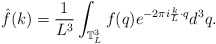
\begin{align*}\hat{f}(k) = \frac{1}{L^3}\int_{\mathbb{T}_L^3} f(q) e^{-2\pi i \frac{k}{L} \cdot q}d^3q.\end{align*}